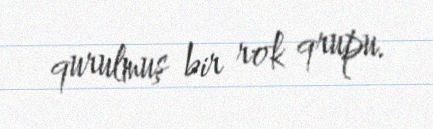
qurulmuş bir rok qrupu.